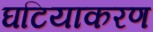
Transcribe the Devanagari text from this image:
घटियाकरण